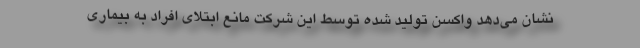
نشان می‌دهد واکسن تولید شده توسط این شرکت مانع ابتلای افراد به بیماری